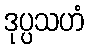
ဒုပ္ပသဟံ